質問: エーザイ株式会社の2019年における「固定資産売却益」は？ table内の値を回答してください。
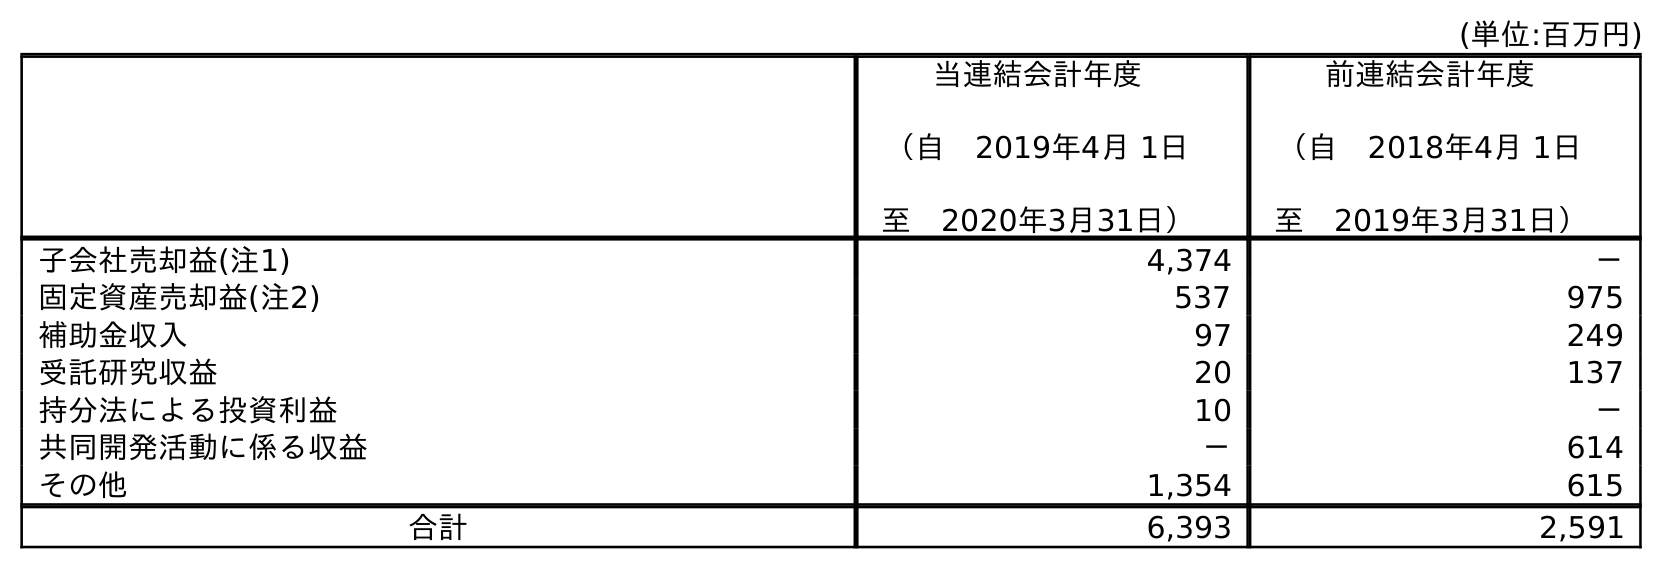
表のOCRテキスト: (単位:百万円) 当連結会計年度 （自 2019年4月 1日 至 2020年3月31日） 前連結会計年度 （自 2018年4月 1日 至 2019年3月31日） 子会社売却益(注1) 4,374 － 固定資産売却益(注2) 537 975 補助金収入 97 249 受託研究収益 20 137 持分法による投資利益 10 － 共同開発活動に係る収益 － 614 その他 1,354 615 合計 6,393 2,591
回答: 975